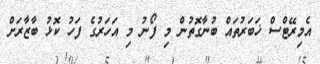
އެމިރޭޓްސް ޚަބަރުތައް ބުނާގޮތުން މި ފޯނު މި އަހަރުގެ ފަހު ކޮޅު ބާޒާރަށް